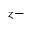
z -